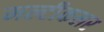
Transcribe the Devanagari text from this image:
मल्टीकलर